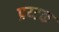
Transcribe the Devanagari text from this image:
प्रय्टक